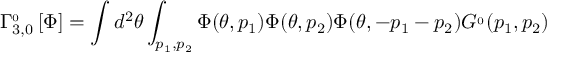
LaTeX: \Gamma _ { 3 , 0 } ^ { \L \L _ { 0 } } \left[ \Phi \right] = \int d ^ { 2 } \theta \int _ { p _ { 1 } , p _ { 2 } } \Phi ( \theta , p _ { 1 } ) \Phi ( \theta , p _ { 2 } ) \Phi ( \theta , - p _ { 1 } - p _ { 2 } ) G ^ { \L \L _ { 0 } } ( p _ { 1 } , p _ { 2 } )